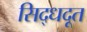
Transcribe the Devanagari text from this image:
सिद्धदूत